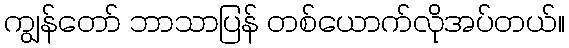
ကျွန်တော် ဘာသာပြန် တစ်ယောက်လိုအပ်တယ်။